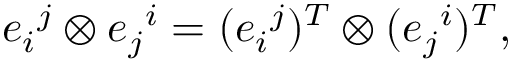
e _ { i } { } ^ { j } \otimes e _ { j } { } ^ { i } = ( e _ { i } { } ^ { j } ) ^ { T } \otimes ( e _ { j } { } ^ { i } ) ^ { T } ,